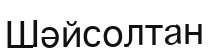
Шәйсолтан